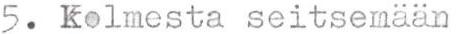
5. Kolmesta seitsemään